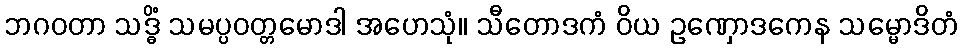
ဘဂဝတာ သဒ္ဓိံ သမပ္ပဝတ္တမောဒါ အဟေသုံ။ သီတောဒကံ ဝိယ ဥဏှောဒကေန သမ္မောဒိတံ